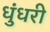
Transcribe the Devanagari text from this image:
धुंधरी